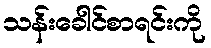
သန်းခေါင်စာရင်းကို